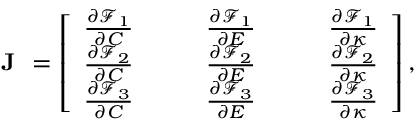
\textbf { J } = \left[ \begin{array} { c c c c c c c } { \frac { \partial \mathcal { F } _ { 1 } } { \partial C } } & { } & { } & { \frac { \partial \mathcal { F } _ { 1 } } { \partial E } } & { } & { } & { \frac { \partial \mathcal { F } _ { 1 } } { \partial \kappa } } \\ { \frac { \partial \mathcal { F } _ { 2 } } { \partial C } } & { } & { } & { \frac { \partial \mathcal { F } _ { 2 } } { \partial E } } & { } & { } & { \frac { \partial \mathcal { F } _ { 2 } } { \partial \kappa } } \\ { \frac { \partial \mathcal { F } _ { 3 } } { \partial C } } & { } & { } & { \frac { \partial \mathcal { F } _ { 3 } } { \partial E } } & { } & { } & { \frac { \partial \mathcal { F } _ { 3 } } { \partial \kappa } } \end{array} \right] ,